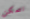
نتمكن